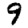
Digit: 9